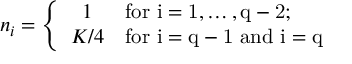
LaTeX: n _ { i } = \left\{ \begin{array} { c l } { { 1 } } & { { \mathrm { f o r ~ i = 1 , \dots , q - 2 ; ~ } } } \\ { { K / 4 } } & { { \mathrm { f o r ~ i = q - 1 ~ a n d ~ i = q ~ } } } \end{array} \right.